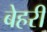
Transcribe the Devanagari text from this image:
बेहरी